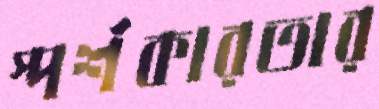
স্পর্শকারতার